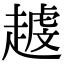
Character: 𧽐